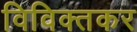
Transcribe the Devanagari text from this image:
विविक्तकर